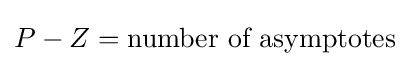
P-Z={\text{number of asymptotes}}